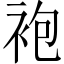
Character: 袍